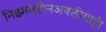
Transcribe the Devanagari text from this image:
निझामुद्दीनअवलीयाही